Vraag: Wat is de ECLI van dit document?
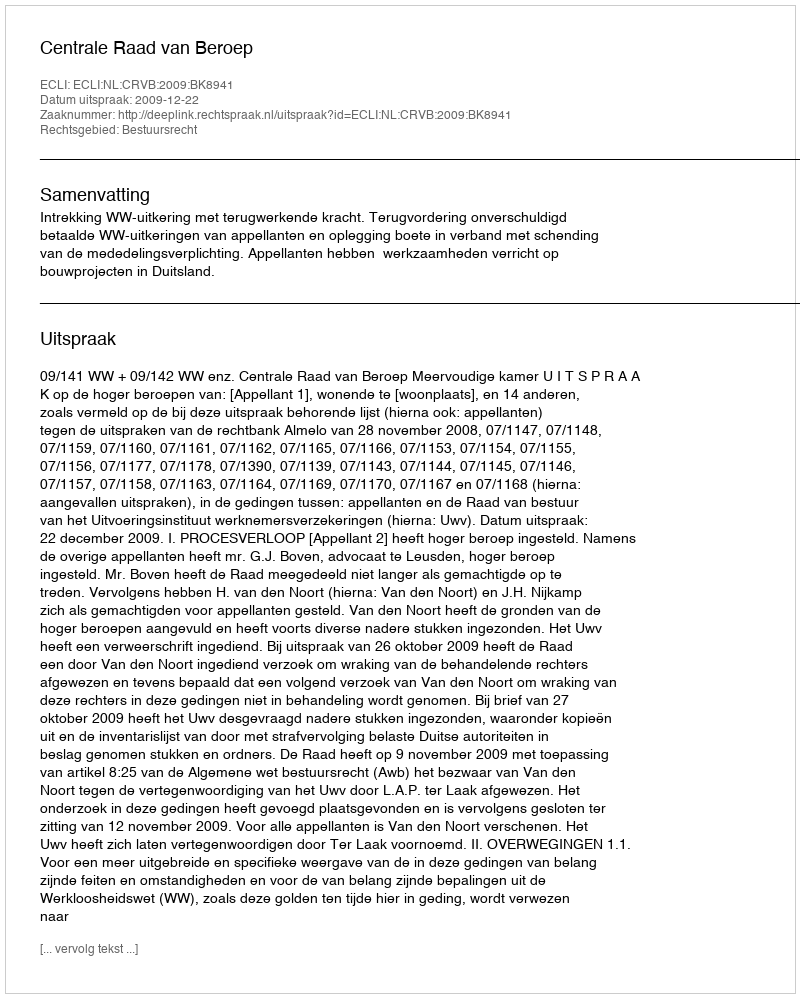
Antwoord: ECLI:NL:CRVB:2009:BK8941